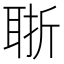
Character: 𦕶